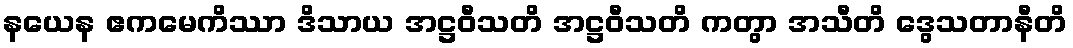
နယေန ဧကမေကိဿာ ဒိသာယ အဋ္ဌဝီသတိ အဋ္ဌဝီသတိ ကတွာ အသီတိ ဒွေသတာနီတိ